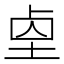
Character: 𡌓